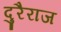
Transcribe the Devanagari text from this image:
दुरैराज